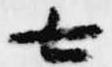
七